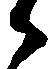
候